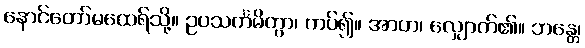
နောင်တော်မထေရ်သို့။ ဥပသင်္ကမိတွာ၊ ကပ်၍။ အာဟ၊ လျှောက်၏။ ဘန္တေ၊